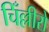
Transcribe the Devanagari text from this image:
चिँल्लीरो